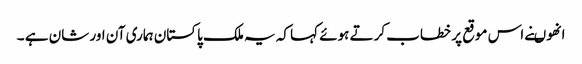
انھوںنے اس موقع پر خطاب کرتے ہوئے کہا کہ یہ ملک پاکستان ہماری آن اور شان ہے ۔